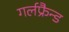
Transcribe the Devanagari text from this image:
गर्लफ्रैन्ड